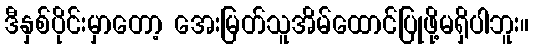
ဒီနှစ်ပိုင်းမှာတော့ အေးမြတ်သူအိမ်ထောင်ပြုဖို့မရှိပါဘူး။